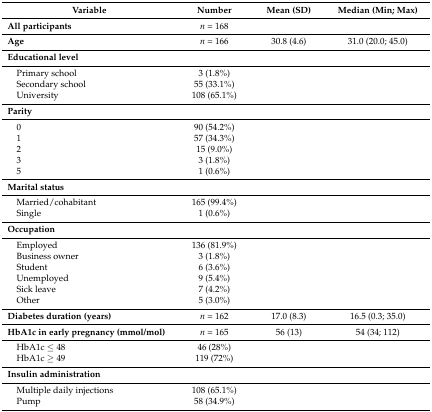
| Variable | Number | Mean (SD) | Median (Min; Max) |
 | --- | --- | --- | --- |
 | All participants | n = 168 |  |  |
 | Age | n = 166 | 30.8 (4.6) | 31.0 (20.0; 45.0) |
 | Educational level |  |  |  |
 | Primary school | 3 (1.8%) |  |  |
 | Secondary school | 55 (33.1%) |  |  |
 | University | 108 (65.1%) |  |  |
 | Parity |  |  |  |
 | 0 | 90 (54.2%) |  |  |
 | 1 | 57 (34.3%) |  |  |
 | 2 | 15 (9.0%) |  |  |
 | 3 | 3 (1.8%) |  |  |
 | 5 | 1 (0.6%) |  |  |
 | Marital status |  |  |  |
 | Married/cohabitant | 165 (99.4%) |  |  |
 | Single | 1 (0.6%) |  |  |
 | Occupation |  |  |  |
 | Employed | 136 (81.9%) |  |  |
 | Business owner | 3 (1.8%) |  |  |
 | Student | 6 (3.6%) |  |  |
 | Unemployed | 9 (5.4%) |  |  |
 | Sick leave | 7 (4.2%) |  |  |
 | Other | 5 (3.0%) |  |  |
 | Diabetes duration (years) | n = 162 | 17.0 (8.3) | 16.5 (0.3; 35.0) |
 | HbA1c in early pregnancy (mmol/mol) | n = 165 | 56 (13) | 54 (34; 112) |
 | HbA1c ≤ 48 | 46 (28%) |  |  |
 | HbA1c ≥ 49 | 119 (72%) |  |  |
 | Insulin administration |  |  |  |
 | Multiple daily injections | 108 (65.1%) |  |  |
 | Pump | 58 (34.9%) |  |  |